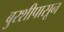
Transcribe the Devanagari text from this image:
बुरशीपासून